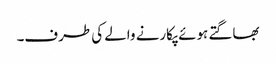
بھاگتے ہوئے پکارنے والے کی طرف۔